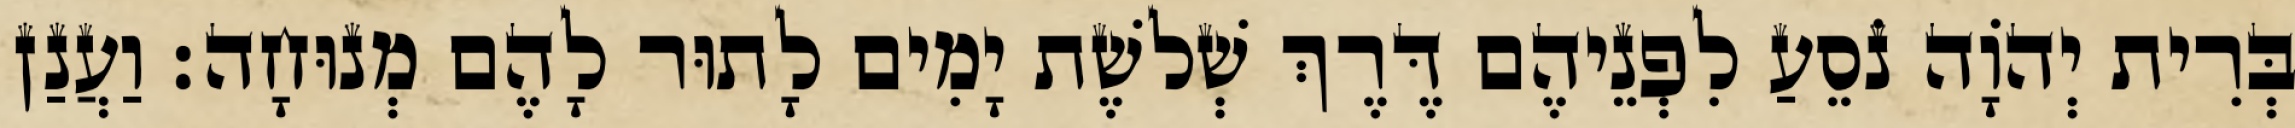
בְּרִית יְהֹוָה נֹסֵעַ לִפְנֵיהֶם דֶּרֶךְ שְׁלשֶׁת יָמִים לָתוּר לָהֶם מְנוּחָה׃ וַעֲנַן